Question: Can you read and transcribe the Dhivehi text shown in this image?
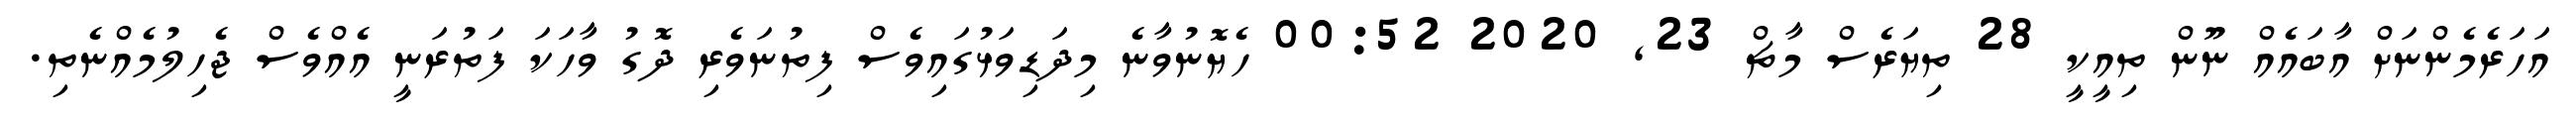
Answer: އަހަރެމެންނަށް އާބައެއް ނޫން ތިއީކީ 28 ތިޔަރެސް މާޗް 23, 2020 00:52 ހެޔޮނުވާނެ މިދަޑިވަޅުގައިވެސް ފިތުނަވެރި ދޮގު ވާހަކަ ފަތުރަނީ އެއްވެސް ޖެހިލުމެއްނެތި.